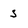
Character: s